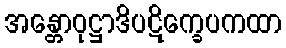
အန္တောဝုဋ္ဌာဒိပဋိက္ခေပကထာ